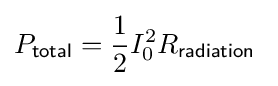
P_{\mathsf {total}}={\frac {1}{2}}I_{0}^{2}R_{\mathsf {radiation}}\